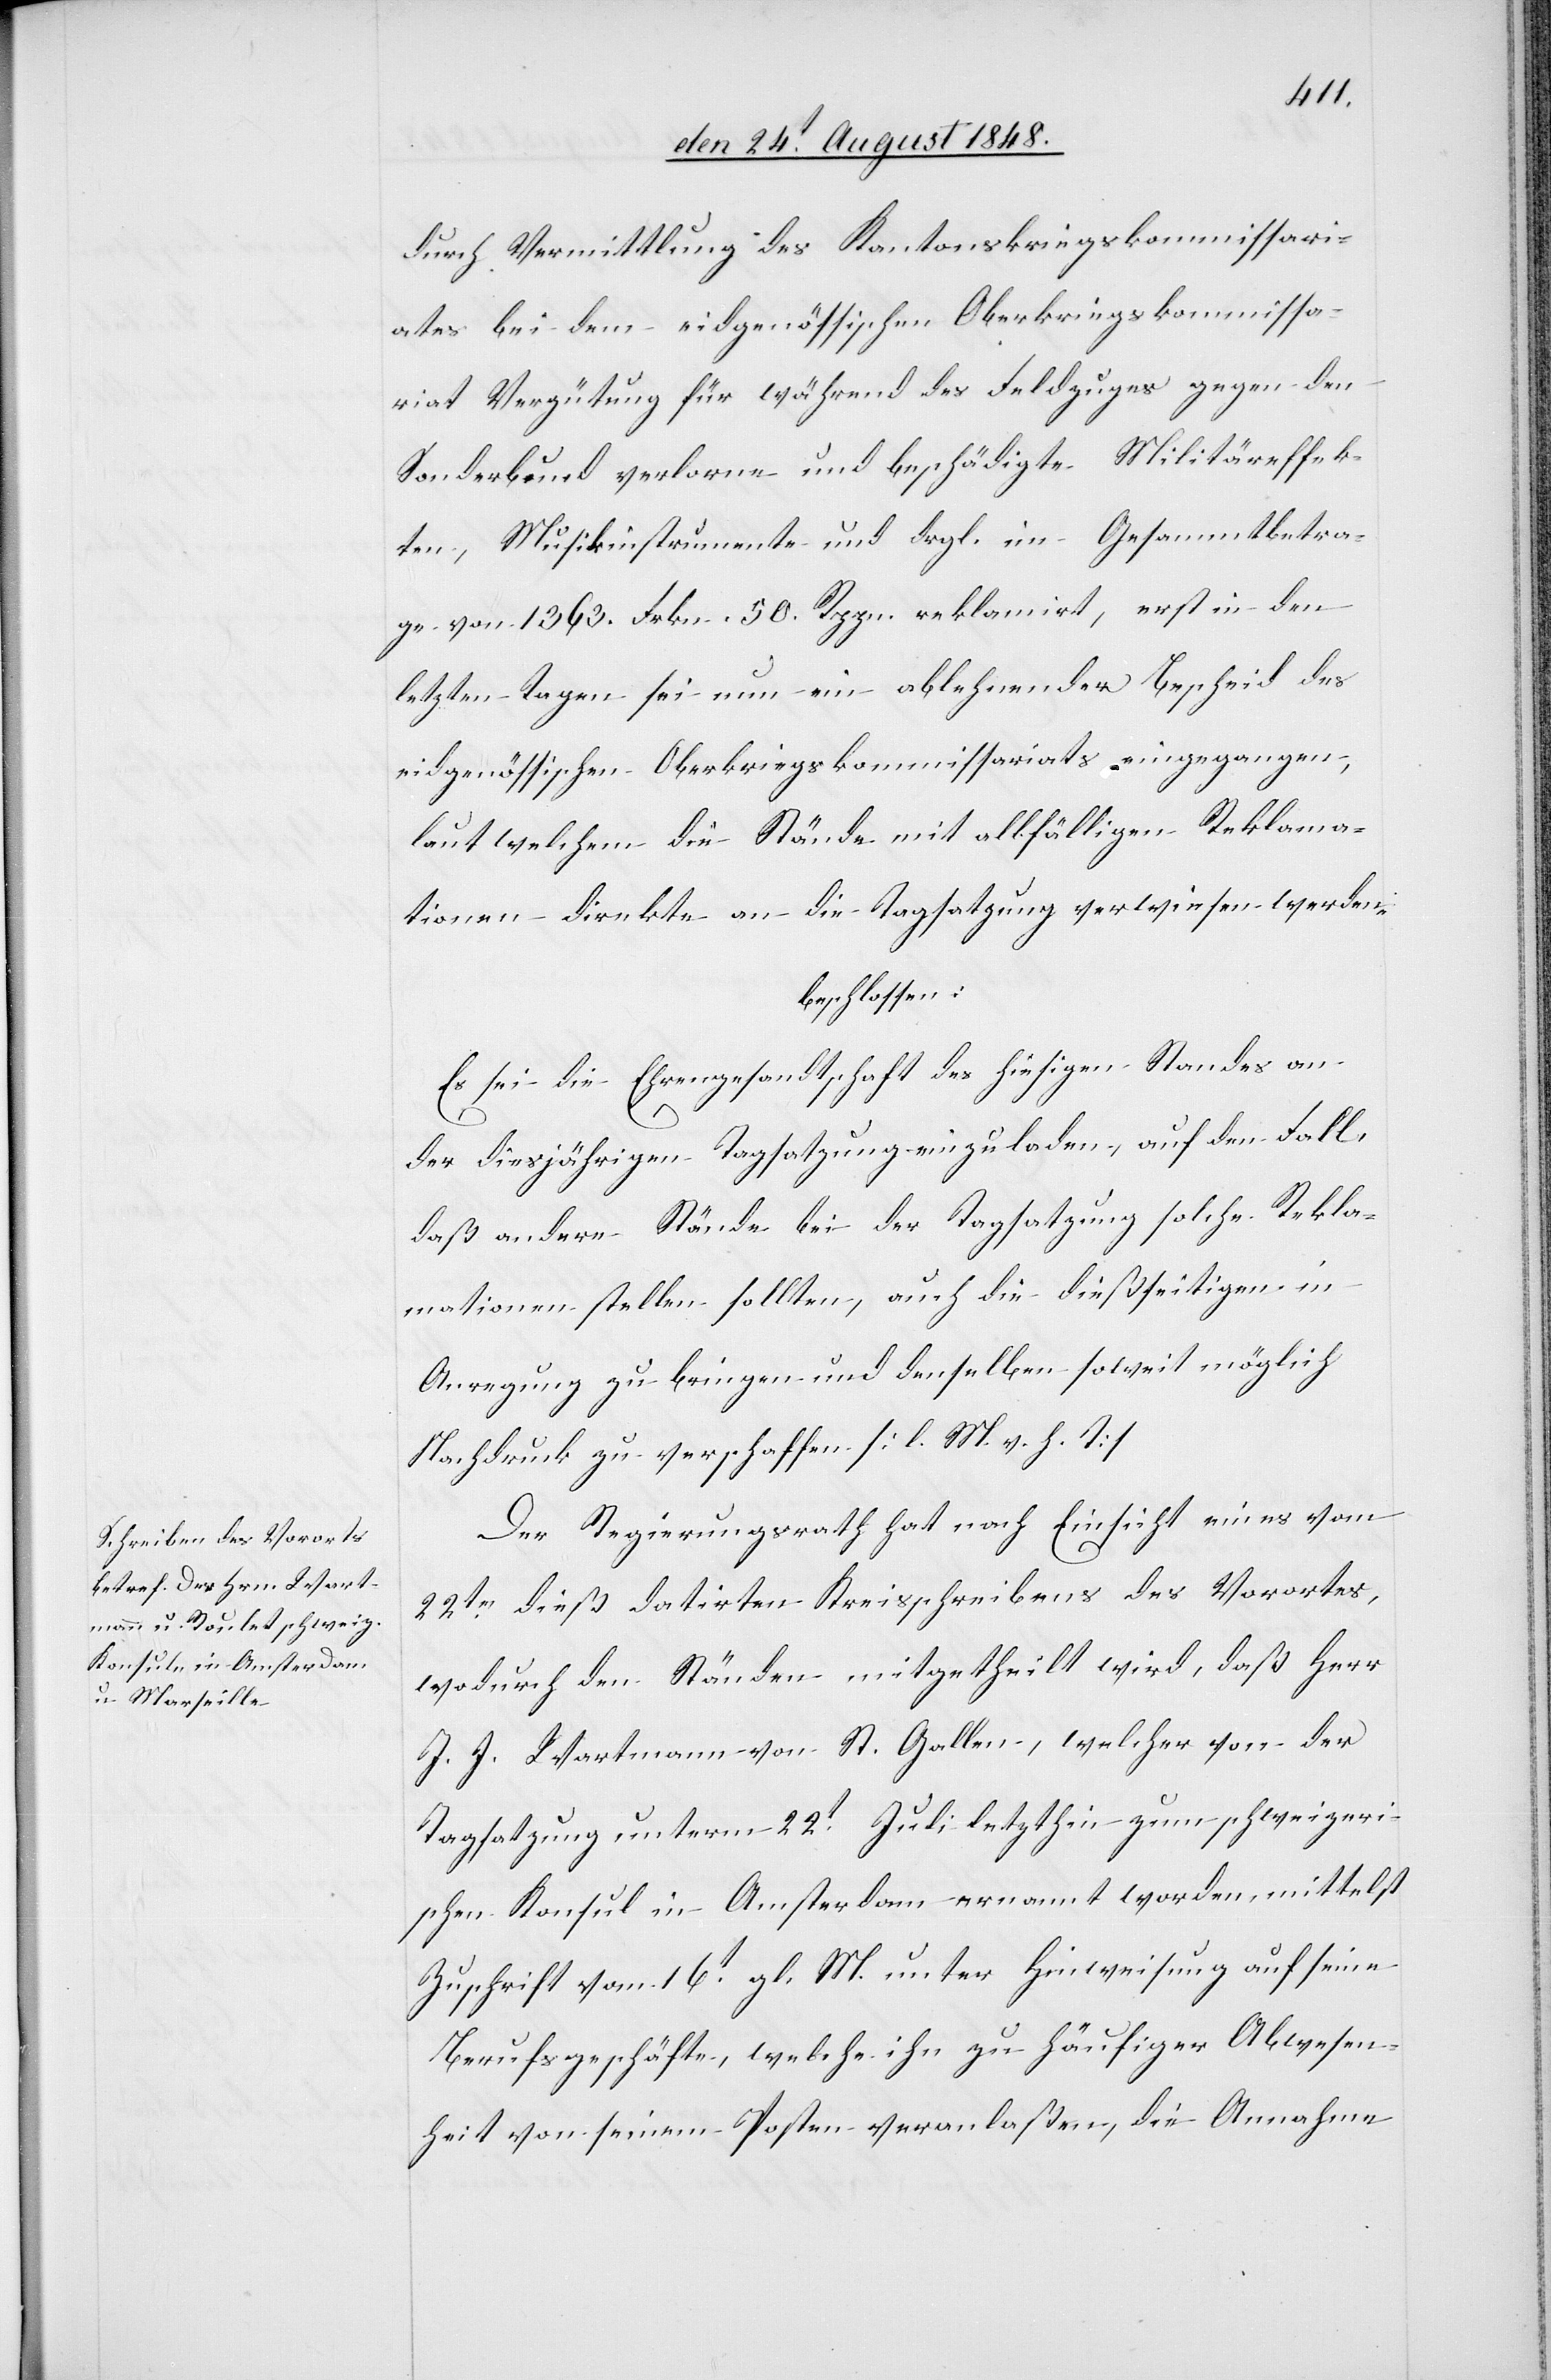
durch Vermittlung des Kantonskriegskommissari¬
ates bei dem eidgenössischen Oberkriegskommissa¬
riat Vergütung für während des Feldzuges gegen den
Sonderbund verlorne und beschädigte Militäreffek¬
ten, Musikinstrumente und drgl. im Gesammtbetra¬
ge von 1363. Frkn. 50. Rppn. reklamirt, erst in den
letzten Tagen sei nun ein ablehnender Bescheid des
eidgenössischen Oberkriegskommissariats eingegangen,
laut welchem die Stände mit allfälligen Reklama¬
tionen direkte an die Tagsatzung verwiesen werden
beschlossen:
Es sei die Ehrengesandtschaft des hiesigen Standes an
der diesjährigen Tagsatzung einzuladen, auf den Fall,
daß andere Stände bei der Tagsatzung solche Rekla¬
mationen stellen sollten, auch die dießseitigen in
Anregung zu bringen und denselben soweit möglich
Nachdruck zu verschaffen. [l. M. v. h. T]
Der Regierungsrath hat nach Einsicht eines vom
22ten dieß datirten Kreisschreibens des Vorortes,
wodurch den Ständen mitgetheilt wird, daß Herr
J. J. Wartmann von St. Gallen, welcher von der
Tagsatzung unterm 22t Juli letzthin zum schweizeri¬
schen Konsul in Amsterdam ernannt worden, mittelst
Zuschrift vom 16t gl. M. unter Hinweisung auf seine
Berufsgeschäfte welche ihn zu häufiger Abwesen¬
heit von seinem Posten veranlaßen, die Annahme